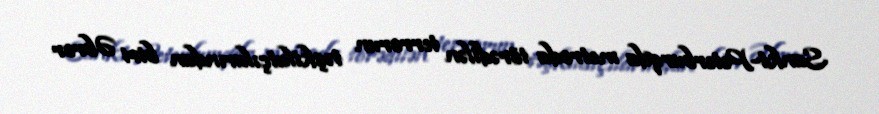
Sankt-Peterburqda metroda törədilən terrorun təşkilatçılarından biri Əbror